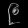
Digit: ၉